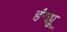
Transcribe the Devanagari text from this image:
हंग्झू